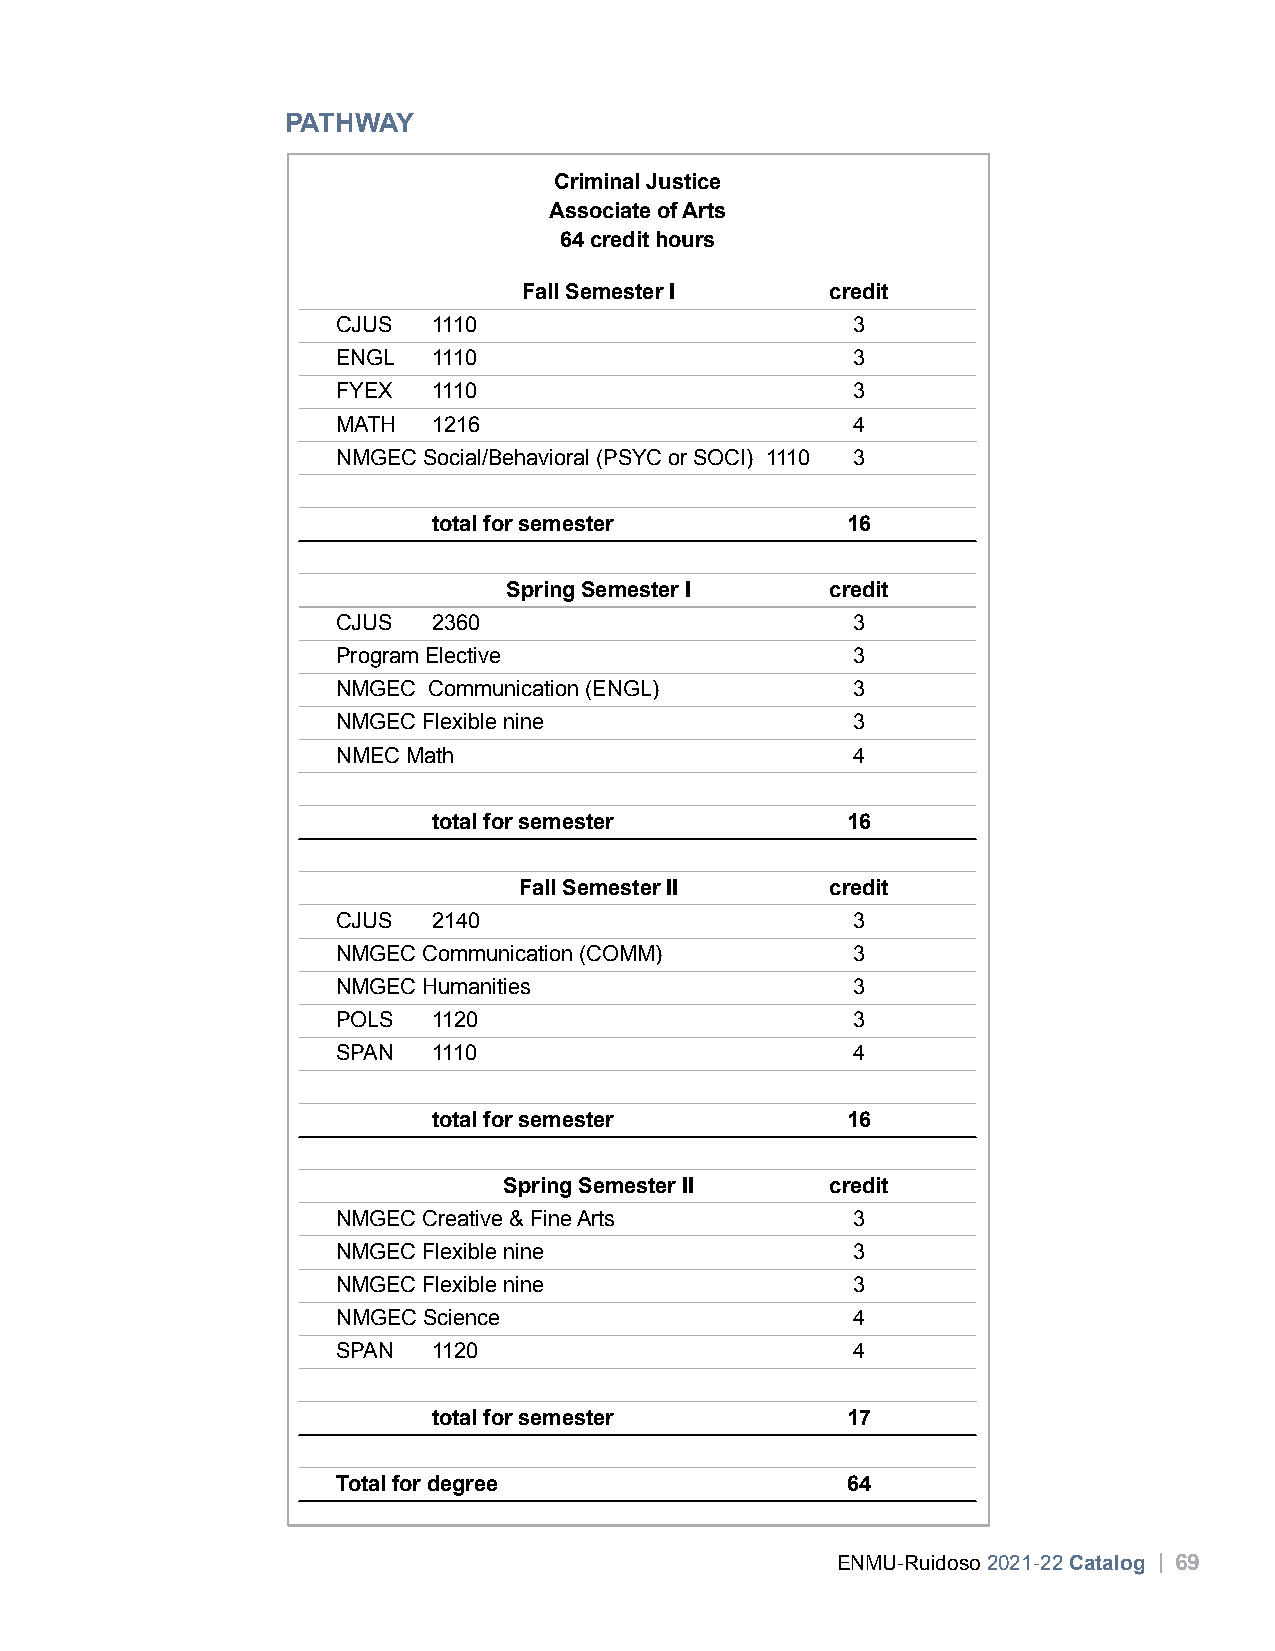
PATHWAY
 Criminal Justice
 Associate of Arts
 64 credit hours
 Fall Semester I     credit
 CJUS   1110                       3
 ENGL   1110                       3
 FYEX   1110                       3
 MATH   1216                       4
 NMGEC Social/Behavioral (PSYC or SOCI) 1110 3
 total for semester         16
 Spring Semester I    credit
 CJUS   2360                       3
 Program Elective                  3
 NMGEC Communication (ENGL)        3
 NMGEC Flexible nine               3
 NMEC Math                         4
 total for semester         16
 Fall Semester II     credit
 CJUS   2140                       3
 NMGEC Communication (COMM)        3
 NMGEC Humanities                  3
 POLS   1120                       3
 SPAN   1110                       4
 total for semester         16
 Spring Semester II    credit
 NMGEC Creative & Fine Arts        3
 NMGEC Flexible nine               3
 NMGEC Flexible nine               3
 NMGEC Science                     4
 SPAN   1120                       4
 total for semester         17
 Total for degree                  64
 ENMU-Ruidoso 2021-22 Catalog | 69